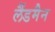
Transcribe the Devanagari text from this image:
लैंडमैन